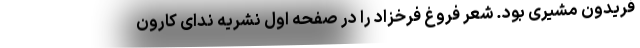
فریدون مشیری بود. شعر فروغ فرخزاد را در صفحه اول نشریه ندای کارون